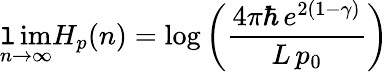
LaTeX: \operatorname*{\mathtt{l}im}_{n\to\infty}H_{p}(n)=\log\left({\frac{{4\pi\hbar\, e^{2(1-\gamma)}}}{{L\, p_{0}}}}\right)